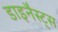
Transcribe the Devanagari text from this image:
डाइनैस्ट्स